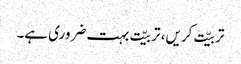
تربیّت کریں، تربیّت بہت ضروری ہے۔